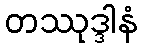
တဿုဒ္ဒါနံ